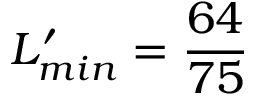
L _ { m i n } ^ { \prime } = \frac { 6 4 } { 7 5 }